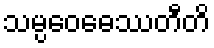
သမ္ပဝေဓေဿတီတိ